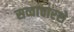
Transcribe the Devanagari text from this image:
सव्वाचारशे